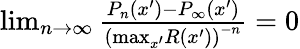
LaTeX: \begin{array}{r}{\operatorname*{lim}_{n\rightarrow\infty}\frac{P_{n}(x^{\prime})-P_{\infty}(x^{\prime})}{\left(\mathrm{max}_{x^{\prime}}R(x^{\prime})\right)^{-n}}=0}\end{array}